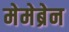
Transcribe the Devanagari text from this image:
मेमेब्रेन